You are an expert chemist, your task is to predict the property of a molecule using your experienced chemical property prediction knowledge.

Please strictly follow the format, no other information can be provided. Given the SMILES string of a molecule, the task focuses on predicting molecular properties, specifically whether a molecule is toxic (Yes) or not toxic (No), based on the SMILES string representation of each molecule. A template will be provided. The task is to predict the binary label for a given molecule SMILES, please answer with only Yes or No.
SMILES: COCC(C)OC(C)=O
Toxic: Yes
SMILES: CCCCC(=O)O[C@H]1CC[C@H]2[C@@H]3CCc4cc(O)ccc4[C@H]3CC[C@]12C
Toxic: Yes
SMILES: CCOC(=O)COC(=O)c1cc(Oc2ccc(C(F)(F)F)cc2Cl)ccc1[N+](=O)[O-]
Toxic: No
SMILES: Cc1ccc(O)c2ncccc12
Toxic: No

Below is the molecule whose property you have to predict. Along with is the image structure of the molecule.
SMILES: CCc1ccc(C)cc1
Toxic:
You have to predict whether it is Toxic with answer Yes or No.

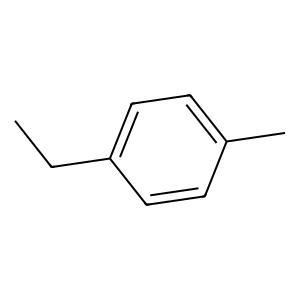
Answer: No